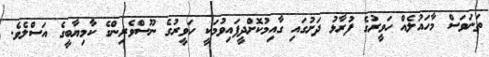
ތަނަވަސް މާހައުލެއް ހަވީރުގެ ފުރާޅު ދަށުގައި ގާއިމުކޮށްދީފައިވުމަކީ ހަވީރުގެ ނޫސްވެރިންގެ ކާމިޔާބީގެ އަސްލެވެ.